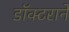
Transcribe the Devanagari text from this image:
डॉक्टराने